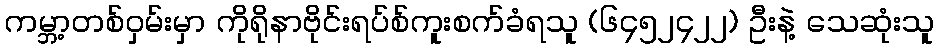
ကမ္ဘာ့တစ်ဝှမ်းမှာ ကိုရိုနာဗိုင်းရပ်စ်ကူးစက်ခံရသူ (၆၄၅၂၄၂၂) ဦးနဲ့ သေဆုံးသူ